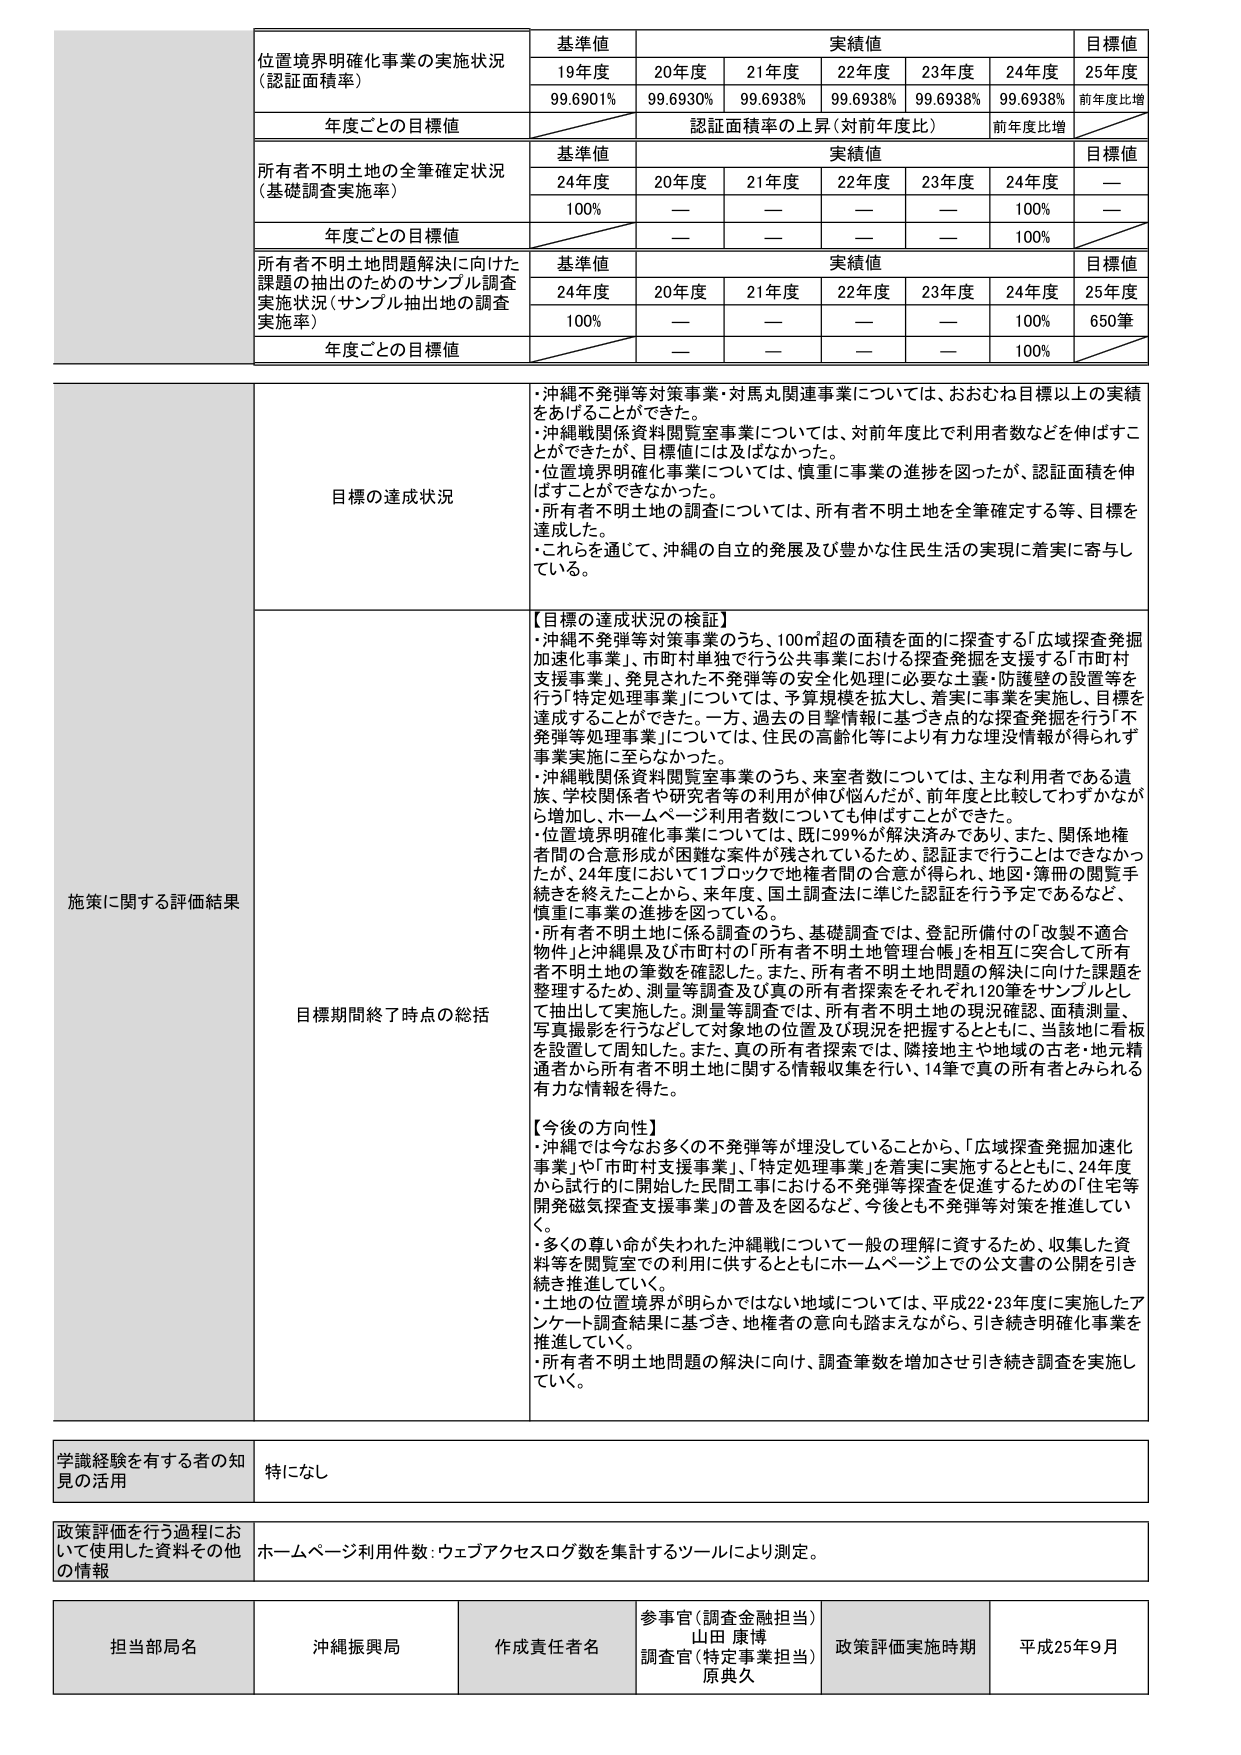
位置境界明確化事業の実施状況
（認証面積率）

基準値
19年度 99.6901%
20年度 99.6930%
21年度 99.6938%
22年度 99.6938%
23年度 99.6938%
24年度 99.6938%
25年度 前年度比増

実績値

目標値

年度ごとの目標値
認証面積率の上昇（対前年度比）
前年度比増

所有者不明土地の全筆確定状況
（基礎調査実施率）

基準値
24年度 100%

実績値
20年度 —
21年度 —
22年度 —
23年度 —
24年度 100%

目標値
—

年度ごとの目標値
—
—
—
—
—
100%
—

所有者不明土地問題解決に向けた
課題の抽出のためのサンプル調査
実施状況（サンプル抽出地の調査
実施率）

基準値
24年度 100%

実績値
20年度 —
21年度 —
22年度 —
23年度 —
24年度 100%

目標値
25年度 650筆

年度ごとの目標値
—
—
—
—
—
100%

目標の達成状況
・沖縄不発弾等対策事業・対馬丸関連事業については、おおむね目標以上の実績をあげることができた。
・沖縄戦関係資料閲覧室事業については、対前年度比で利用者数などを伸ばすことができたが、目標値には及ばなかった。
・位置境界明確化事業については、慎重に事業の進捗を図ったが、認証面積を伸ばすことができなかった。
・所有者不明土地の調査については、所有者不明土地を全筆確定する等、目標を達成した。
・これらを通じて、沖縄の自立的発展及び豊かな住民生活の実現に着実に寄与している。

施策に関する評価結果
目標期間終了時点の総括
【目標の達成状況の検証】
・沖縄不発弾等対策事業のうち、100㎡超の面積を面的に探査する「広域探査発掘加速化事業」、市町村単独で行う公共事業における探査発掘を支援する「市町村支援事業」、発見された不発弾等の安全化処理に必要な土壌・防護壁の設置等を行う「特定処理事業」については、予算規模を拡大し、着実に事業を実施し、目標を達成することができた。一方、過去の目撃情報に基づき点的な探査発掘を行う「不発弾等処理事業」については、住民の高齢化等により有力な埋没情報が得られず事業実施に至らなかった。
・沖縄戦関係資料閲覧室事業のうち、来室者数については、主な利用者である遺族、学校関係者や研究者等の利用が伸び悩んだが、前年度と比較してわずかながら増加し、ホームページ利用者数についても伸ばすことができた。
・位置境界明確化事業については、既に99%が解決済みであり、また、関係地権者間の合意形成が困難な案件が残されているため、認証まで行うことはできなかったが、24年度において1ブロックで地権者間の合意が得られ、地図・簿冊の閲覧手続きを終えたことから、来年度、国土調査法に準じた認証を行う予定であるなど、慎重に事業の進捗を図っている。
・所有者不明土地に係る調査のうち、基礎調査では、登記所備付の「改製不適合物件」と沖縄県及び市町村の「所有者不明土地管理台帳」を相互に突合して所有者不明土地の筆数を確認した。また、所有者不明土地問題の解決に向けた課題を整理するため、測量等調査及び真の所有者探索をそれぞれ120筆をサンプルとして抽出して実施した。測量等調査では、所有者不明土地の現況確認、面積測量、写真撮影を行うなどして対象地の位置及び現況を把握するとともに、当該地に看板を設置して周知した。また、真の所有者探索では、隣接地主や地域の古き・地元精通者から所有者不明土地に関する情報収集を行い、14筆で真の所有者とみられる有力な情報を得た。

【今後の方針性】
・沖縄では今なお多くの不発弾等が埋没していることから、「広域探査発掘加速化事業」や「市町村支援事業」、「特定処理事業」を着実に実施するとともに、24年度から試行的に開始した民間工事における不発弾等探査を促進するための「住宅等開発磁気探査支援事業」の普及を図るなど、今後とも不発弾等対策を推進していく。
・多くの尊い命が失われた沖縄戦について一般の理解に資するため、収集した資料等を閲覧室での利用に供するとともにホームページ上での公文書の公開を引き続き推進していく。
・土地の位置境界が明らかではない地域については、平成22・23年度に実施したアンケート調査結果に基づき、地権者の意向も踏まえながら、引き続き明確化事業を推進していく。
・所有者不明土地問題の解決に向け、調査筆数を増加させ引き続き調査を実施していく。

学識経験を有する者の知見の活用
特になし

政策評価を行う過程において使用した資料その他的情報
ホームページ利用件数：ウェブアクセスログ数を集計するツールにより測定。

担当部局名
沖縄振興局

作成責任者名
参事官（調査金融担当）
山田 康博
調査官（特定事業担当）
原 典久

政策評価実施時期
平成25年9月